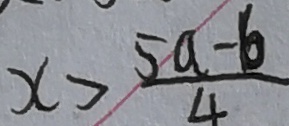
x > \frac { 5 a - 6 } { 4 }